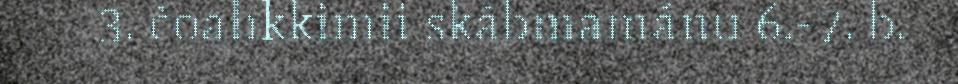
3. čoahkkimii skábmamánu 6.-7. b.